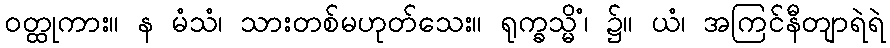
ဝတ္ထုကား။ န မံသံ၊ သားတစ်မဟုတ်သေး။ ရုက္ခသ္မိံ၊ ၌။ ယံ၊ အကြင်နီတျာရဲရဲ